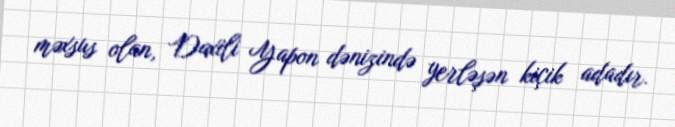
məxsus olan, Daxili Yapon dənizində yerləşən kiçik adadır.